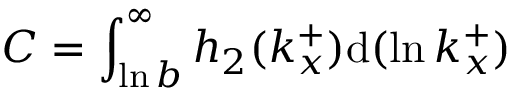
C = \int _ { \ln b } ^ { \infty } h _ { 2 } ( k _ { x } ^ { + } ) \mathrm { d } ( \ln k _ { x } ^ { + } )